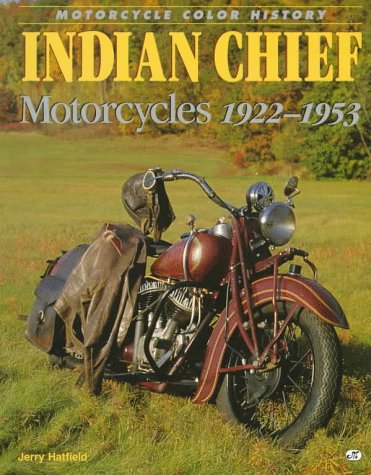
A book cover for Indian Chief Motorcycles 1922-1953 (Motorcycle Color History); Motorbooks; Arts & Photography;